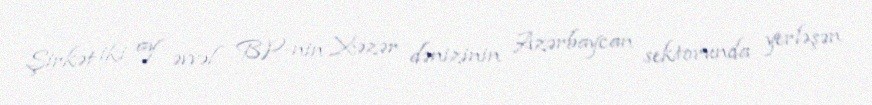
Şirkət iki ay əvvəl BP-nin Xəzər dənizinin Azərbaycan sektorunda yerləşən